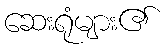
ဆေးရုံများ၏